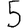
Digit: 5